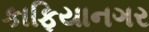
કાફિયાનગર